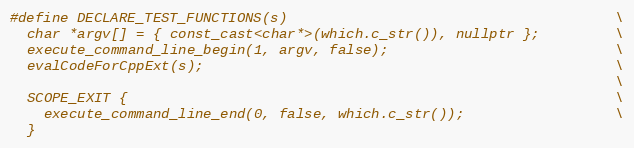
Language: C
#define DECLARE_TEST_FUNCTIONS(s)                                       \
  char *argv[] = { const_cast<char*>(which.c_str()), nullptr };         \
  execute_command_line_begin(1, argv, false);                           \
  evalCodeForCppExt(s);                                                 \
                                                                        \
  SCOPE_EXIT {                                                          \
    execute_command_line_end(0, false, which.c_str());                  \
  }